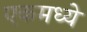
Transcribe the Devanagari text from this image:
एकमध्ये